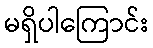
မရှိပါကြောင်း